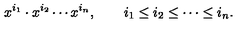
x ^ { i _ { 1 } } \cdot x ^ { i _ { 2 } } \cdots x ^ { i _ { n } } , \qquad i _ { 1 } \leq i _ { 2 } \leq \cdots \leq i _ { n } .